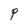
Character: P